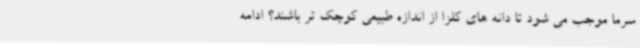
سرما موجب می شود تا دانه های کلزا از اندازه طبیعی کوچک تر باشند؟ ادامه